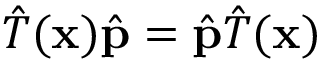
{ \hat { T } } ( \mathbf { x } ) { \hat { \mathbf { p } } } = { \hat { \mathbf { p } } } { \hat { T } } ( \mathbf { x } )